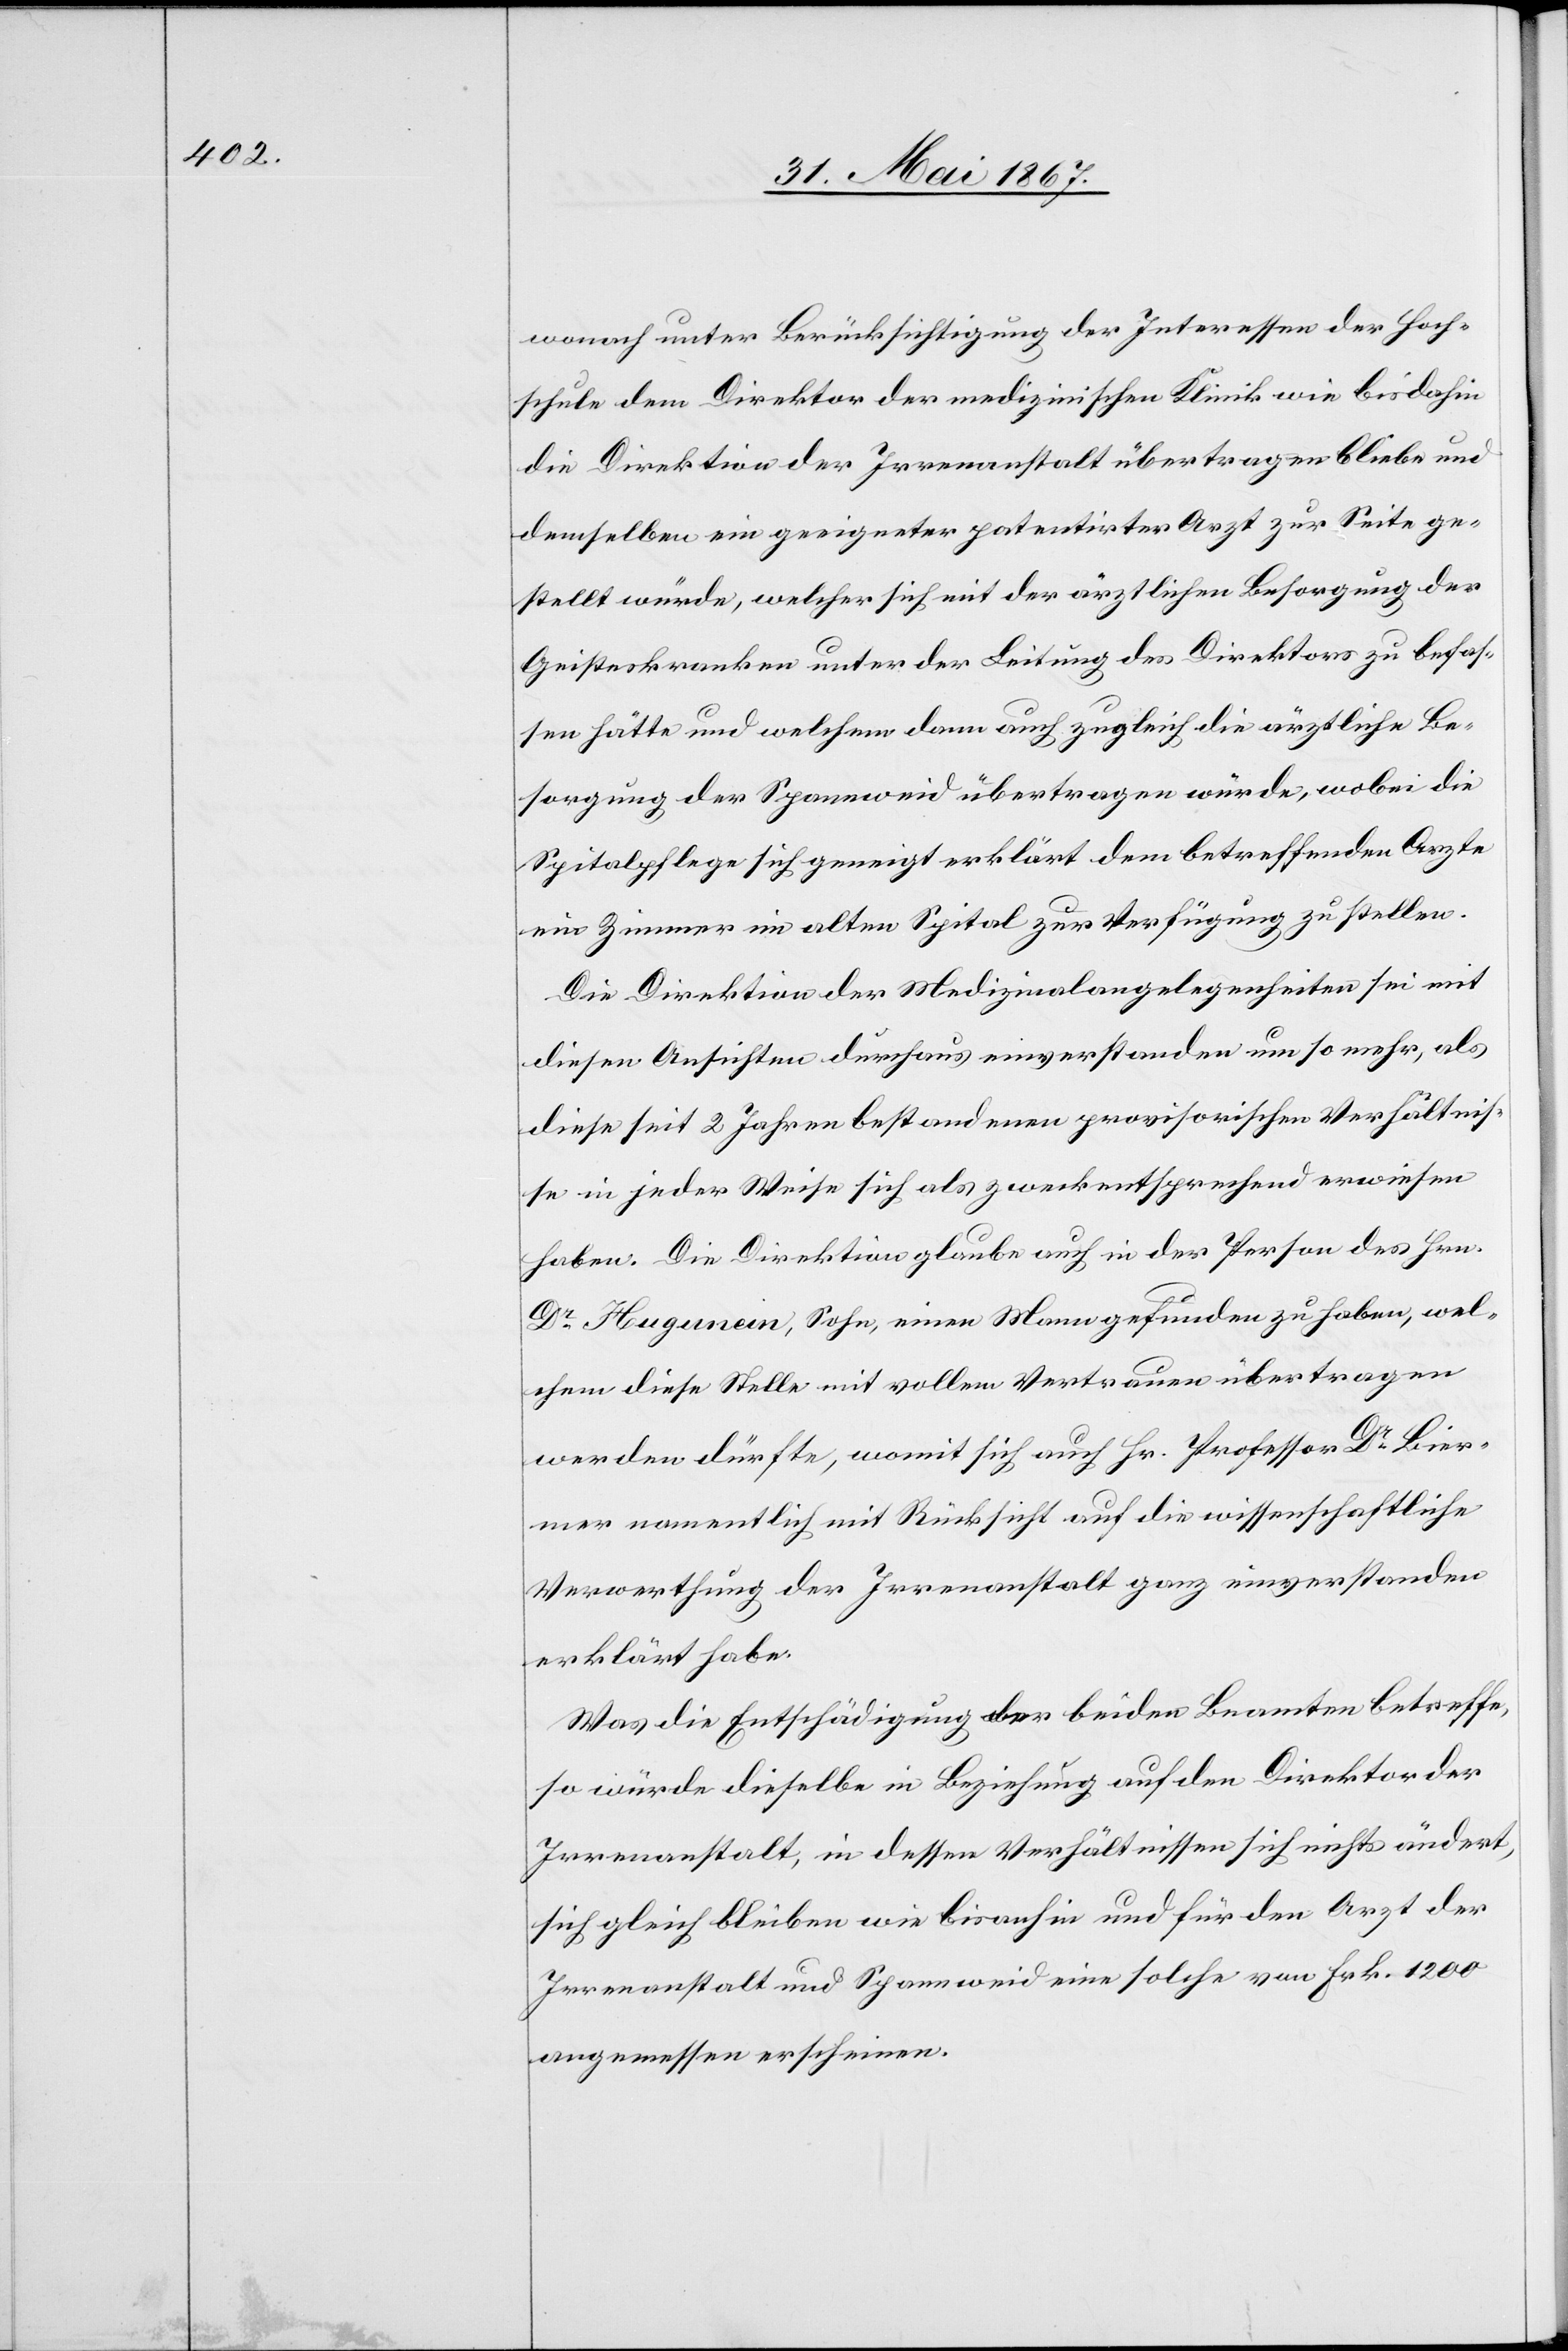
wonach unter Berücksichtigung der Interessen der Hoch¬
schule dem Direktor der medizinischen Klinik wie bisdahin
die Direktion der Irrenanstalt übertragen bliebe und
demselben ein geeigneter patentirter Arzt zur Seite ge¬
stellt würde, welcher sich mit der ärztlichen Besorgung der
Geisteskranken unter der Leitung des Direktors zu befas¬
sen hätte und welchem dann auch zugleich die ärztliche Be¬
sorgung der Spannweid übertragen würde, wobei die
Spitalpflege sich geneigt erklärt dem betreffenden Arzte
ein Zimmer im alten Spital zur Verfügung zu stellen.
Die Direktion der Medizinalangelegenheiten sei mit
diesen Ansichten durchaus einverstanden um so mehr, als
diese seit 2 Jahren bestandenen provisorischen Verhältnis¬
se in jeder Weise sich als zweckentsprechend erwiesen
haben. Die Direktion glaube auch in der Person des Hrn.
Dr. Hugunein, Sohn einen Mann gefunden zu haben, wel¬
chem diese Stelle mit vollem Vertrauen übertragen
werden dürfte, womit sich auch Hr. Professor Dr. Bier¬
mer namentlich mit Rücksicht auf die wissenschaftliche
Verwerthung der Irrenanstalt ganz einverstanden
erklärt habe.
Was die Entschädigung der beiden Beamten betreffe,
so würde dieselbe in Beziehung auf den Direktor der
Irrenanstalt, in dessen Verhältnissen sich nichts ändert,
sich gleich bleiben wie bisanhin und für den Arzt der
Irrenanstalt und Spannweid eine solche von Frk. 1200
angemessen erscheinen.